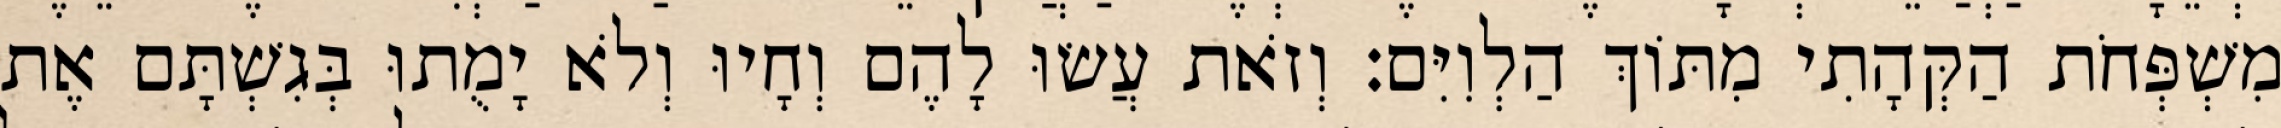
מִשְׁפְּחֹת הַקְּהָתִי מִתּוֹךְ הַלְוִיִּם׃ וְזֹאת עֲשׂוּ לָהֶם וְחָיוּ וְלֹא יָמֻתוּ בְּגִשְׁתָּם אֶת